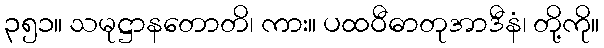
၃၅၁။ သမုဋ္ဌာနတောတိ၊ ကား။ ပထဝီဓာတုအာဒီနံ၊ တို့ကို။